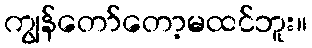
ကျွန်တော်တော့မထင်ဘူး။